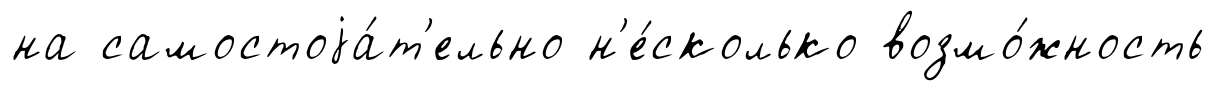
на самостоjа́т'ельно н'е́сколько возмо́жность